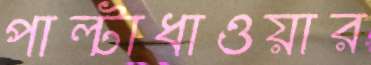
পাল্টাধাওয়ার